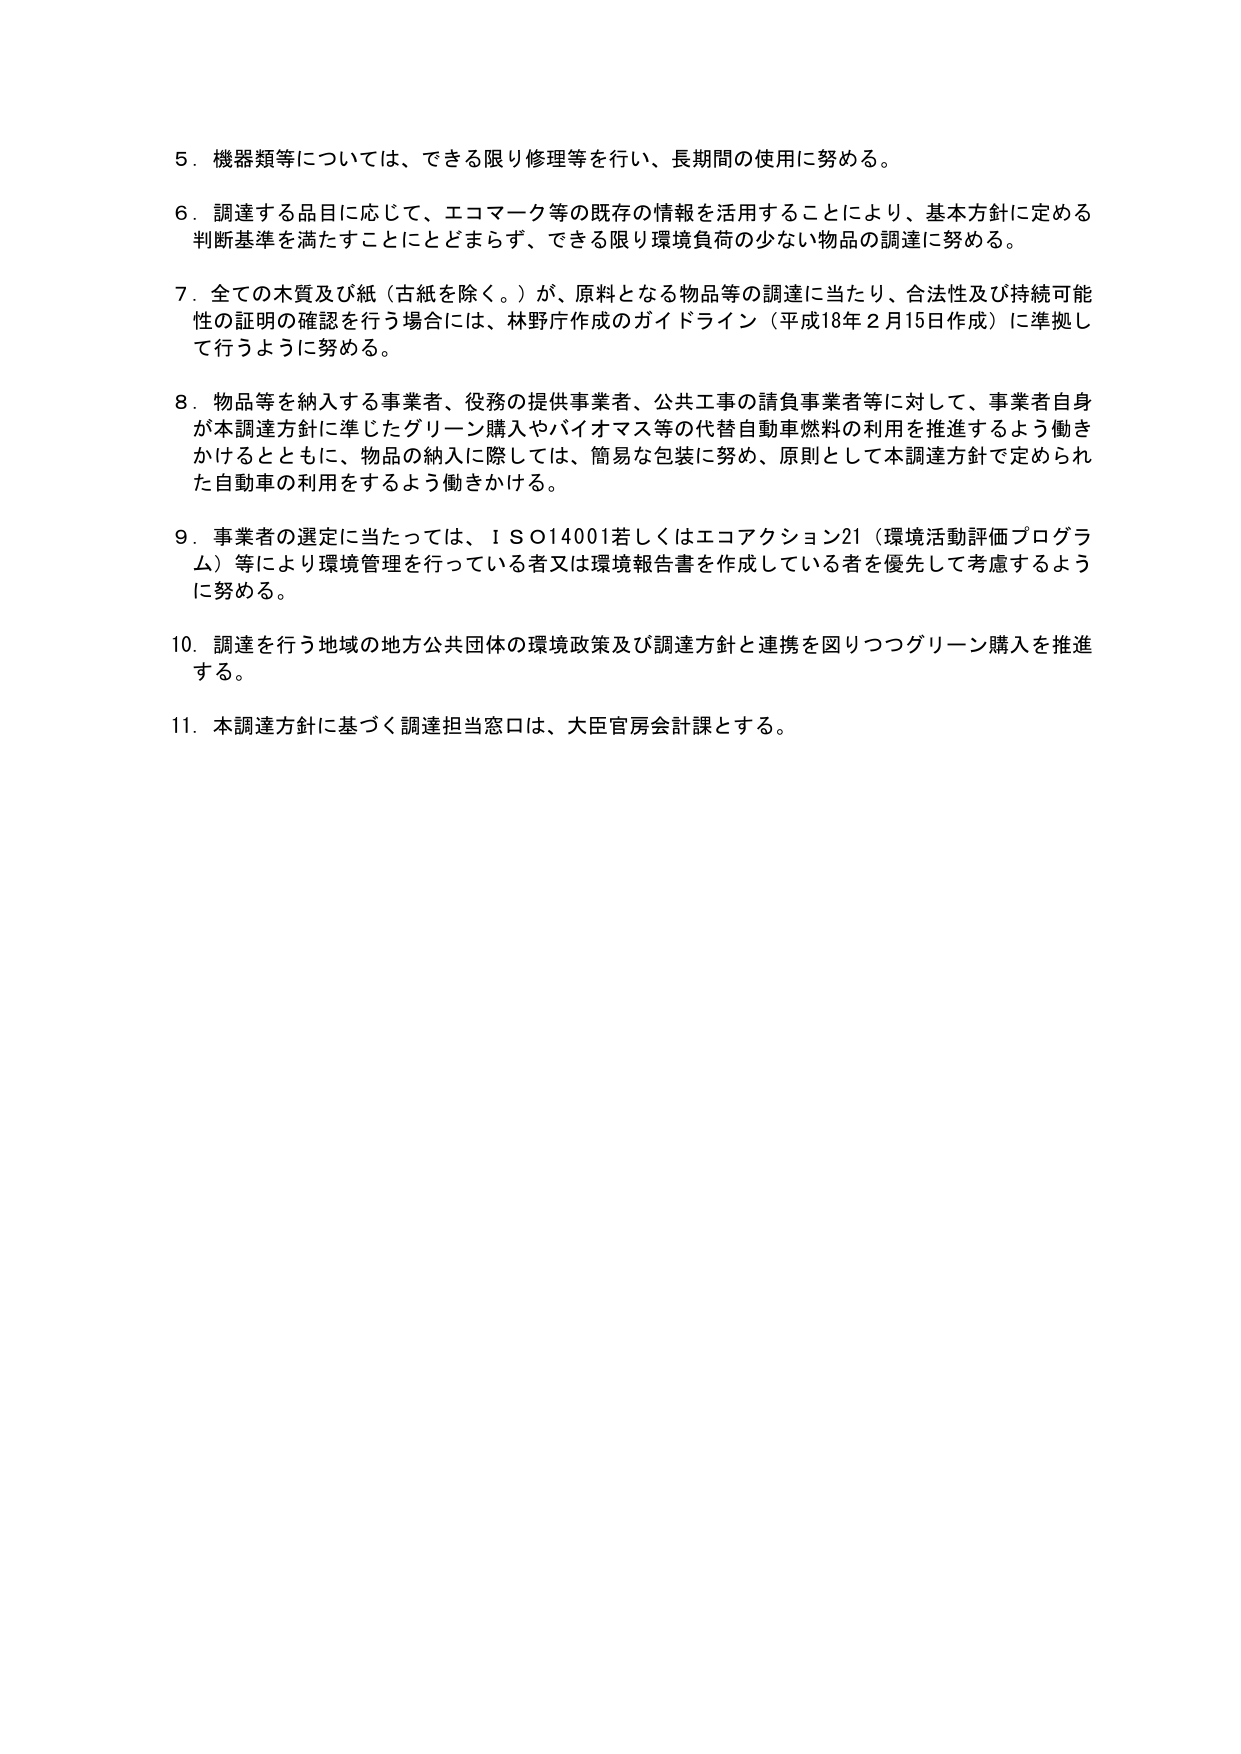
5．機器類等については、できる限り修理等を行い、長期間の使用に努める。

6．調達する品目に応じて、エコマーク等の既存の情報を活用することにより、基本方針に定める判断基準を満たすこととにとどまらず、できる限り環境負荷の少ない物品の調達に努める。

7．全ての木質及び紙（古紙を除く。）が、原料となる物品等の調達に当たり、合法性及び持続可能性の証明の確認を行う場合には、林野庁作成のガイドライン（平成18年2月15日作成）に準拠して行うように努める。

8．物品等を納入する事業者、役務の提供事業者、公共工事の請負事業者等に対して、事業者自身が本調達方針に準じたグリーン購入やバイオマス等の代替自動車燃料の利用を推進するよう働きかけるとともに、物品の納入に際しては、簡易な包装に努め、原則として本調達方針で定められた自動車の利用をするよう働きかける。

9．事業者の選定に当たっては、ＩＳＯ14001若しくはエコアクション21（環境活動評価プログラム）等により環境管理を行っている者又は環境報告書を作成している者を優先して考慮するように努める。

10．調達を行う地域の地方公共団体の環境政策及び調達方針と連携を図りつつグリーン購入を推進する。

11．本調達方針に基づく調達担当窓口は、大臣官房会計課とする。